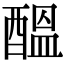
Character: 醞